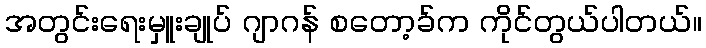
အတွင်းရေးမှူးချုပ် ဂျာဂန် စတော့ခ်က ကိုင်တွယ်ပါတယ်။